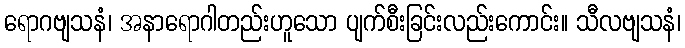
ရောဂဗျသနံ၊ အနာရောဂါတည်းဟူသော ပျက်စီးခြင်းလည်းကောင်း။ သီလဗျသနံ၊